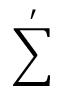
\sum ^ { \prime }